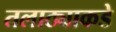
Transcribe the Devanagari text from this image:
तलाठ्याकडे